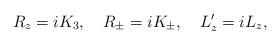
LaTeX: \begin{align*}R_z = i K_3,\quad R_{\pm} = i K_{\pm},\quad L'_z = i L_z,\end{align*}